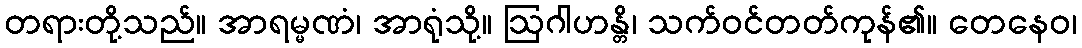
တရားတို့သည်။ အာရမ္မဏံ၊ အာရုံသို့။ ဩဂါဟန္တိ၊ သက်ဝင်တတ်ကုန်၏။ တေနေဝ၊